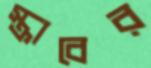
স্ক্রাবের